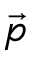
\vec { p }